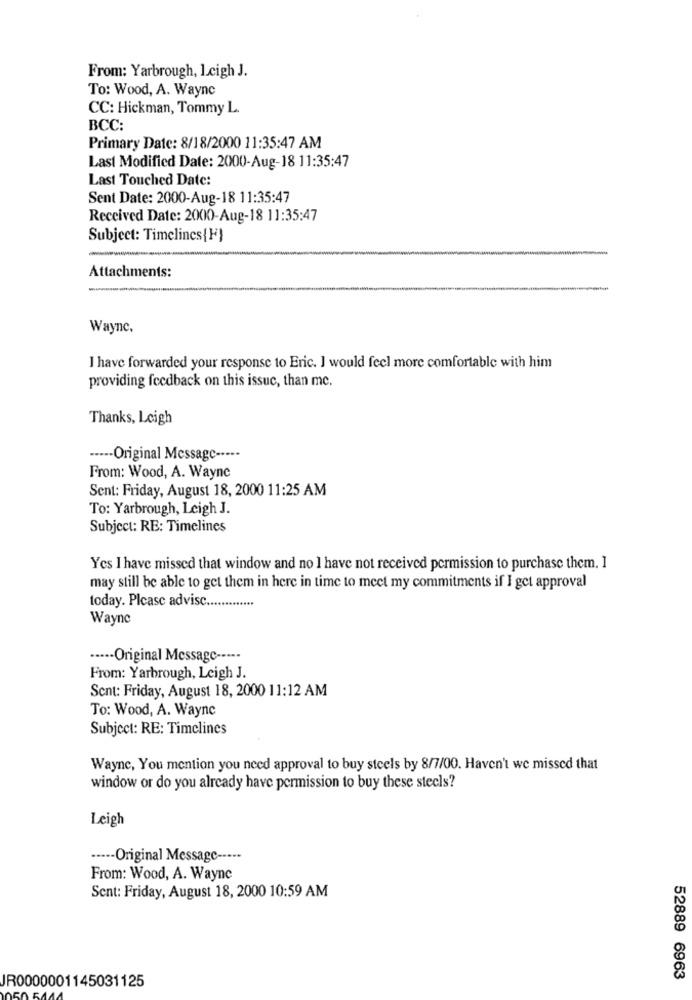
From: Yarbrough, Leigh J.
To: Wood, A. Wayne
CC: Hickman, Tommy L.
BCC:
Primary Date: 8/18/2000 11:35:47 AM
Last Modified Date: 2000-Aug-18 11:35:47
Last Touched Date:
Sent Date: 2000-Aug-18 11:35:47
Received Date: 2000-Aug-18 11:35:47
Subject: Timelines{F}
Attachments:
Wayne,
I have forwarded your response to Eric. I would feel more comfortable with him
providing feedback on this issue, than me.
Thanks, Leigh
····- Original Message -----
From: Wood, A. Wayne
Sent: Friday, August 18, 2000 11:25 AM
To: Yarbrough, Leigh J.
Subject: RE: Timelines
Yes I have missed that window and no I have not received permission to purchase them. I
may still be able to get them in here in time to meet my commitments if I get approval
today. Plcasc advisc ...
Wayne
····· Original Message -----
From: Yarbrough, Leigh J.
Sent: Friday, August 18, 2000 11:12 AM
To: Wood, A. Wayne
Subject: RE: Timelines
Wayne, You mention you need approval to buy steels by 8/7/00. Haven't we missed that
window or do you already have permission to buy these stecls?
Leigh
----- Original Message -----
From: Wood, A. Wayne
Sent: Friday, August 18, 2000 10:59 AM
52889 6963
JR0000001145031125